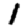
Digit: 1